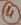
Text: 4